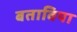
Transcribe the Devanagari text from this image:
बताविया